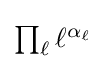
{\textstyle \prod _{\ell }\ell ^{\alpha _{\ell }}}